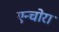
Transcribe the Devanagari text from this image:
एन्चोरा